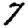
Digit: 7